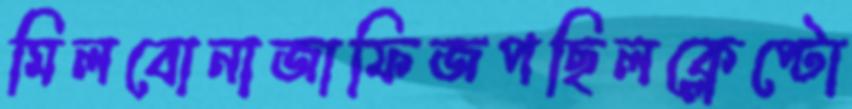
মিলবোনাজাফিজপছিলক্লেপ্টো